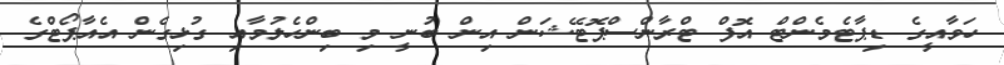
ހަވާއީގެ ޑިޕާޓެމެންޓް އޮފް ޓްރާންސްޕޮޓޭޝަން އިން ބުނީ މި ބިންހެލުމާއި ގުޅިގެން އެއާޕޯޓްގެ